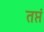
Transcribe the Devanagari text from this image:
तप्तं